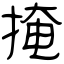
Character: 掩